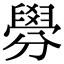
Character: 𦦑